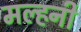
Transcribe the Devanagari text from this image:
मल्‍हनी